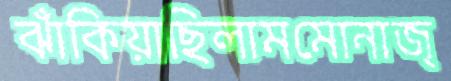
ঝাঁকিয়াছিলামমোনাজ্